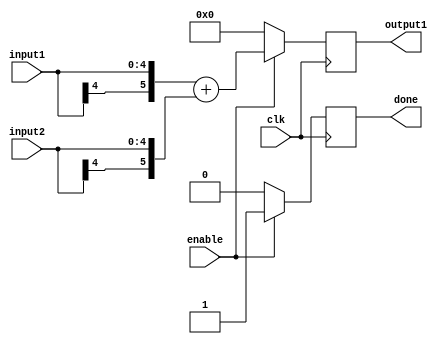
/*
	Description: Addition stage 3 of Convolution with Laplacian filter
*/

`timescale 1ns / 1ps

module adderStage3(
    	input [4:0] input1,
    	input [4:0] input2,
    	output reg [5:0] output1,
    	input clk,
    	input enable,
	output reg done
    );

	always @ (posedge clk) begin
		if(enable) begin
			output1 <= {input1[4], input1} + {input2[4], input2};	
			done <= 1'b1;
		end
		else begin
			output1 <= 0;
			done <= 1'b0;
		end
	end
	
endmodule